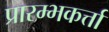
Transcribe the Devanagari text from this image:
प्रारम्भकर्त्ता